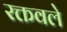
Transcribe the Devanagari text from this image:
रक्तवले